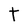
Character: t